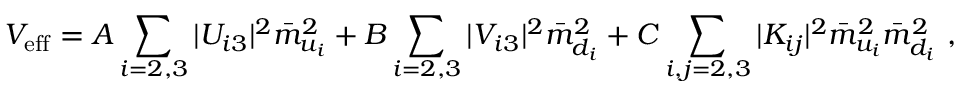
{ \cal V } _ { \mathrm { e f f } } = A \sum _ { i = 2 , 3 } | U _ { i 3 } | ^ { 2 } \bar { m } _ { u _ { i } } ^ { 2 } + B \sum _ { i = 2 , 3 } | V _ { i 3 } | ^ { 2 } \bar { m } _ { d _ { i } } ^ { 2 } + C \sum _ { i , j = 2 , 3 } | K _ { i j } | ^ { 2 } \bar { m } _ { u _ { i } } ^ { 2 } \bar { m } _ { d _ { i } } ^ { 2 } \ ,